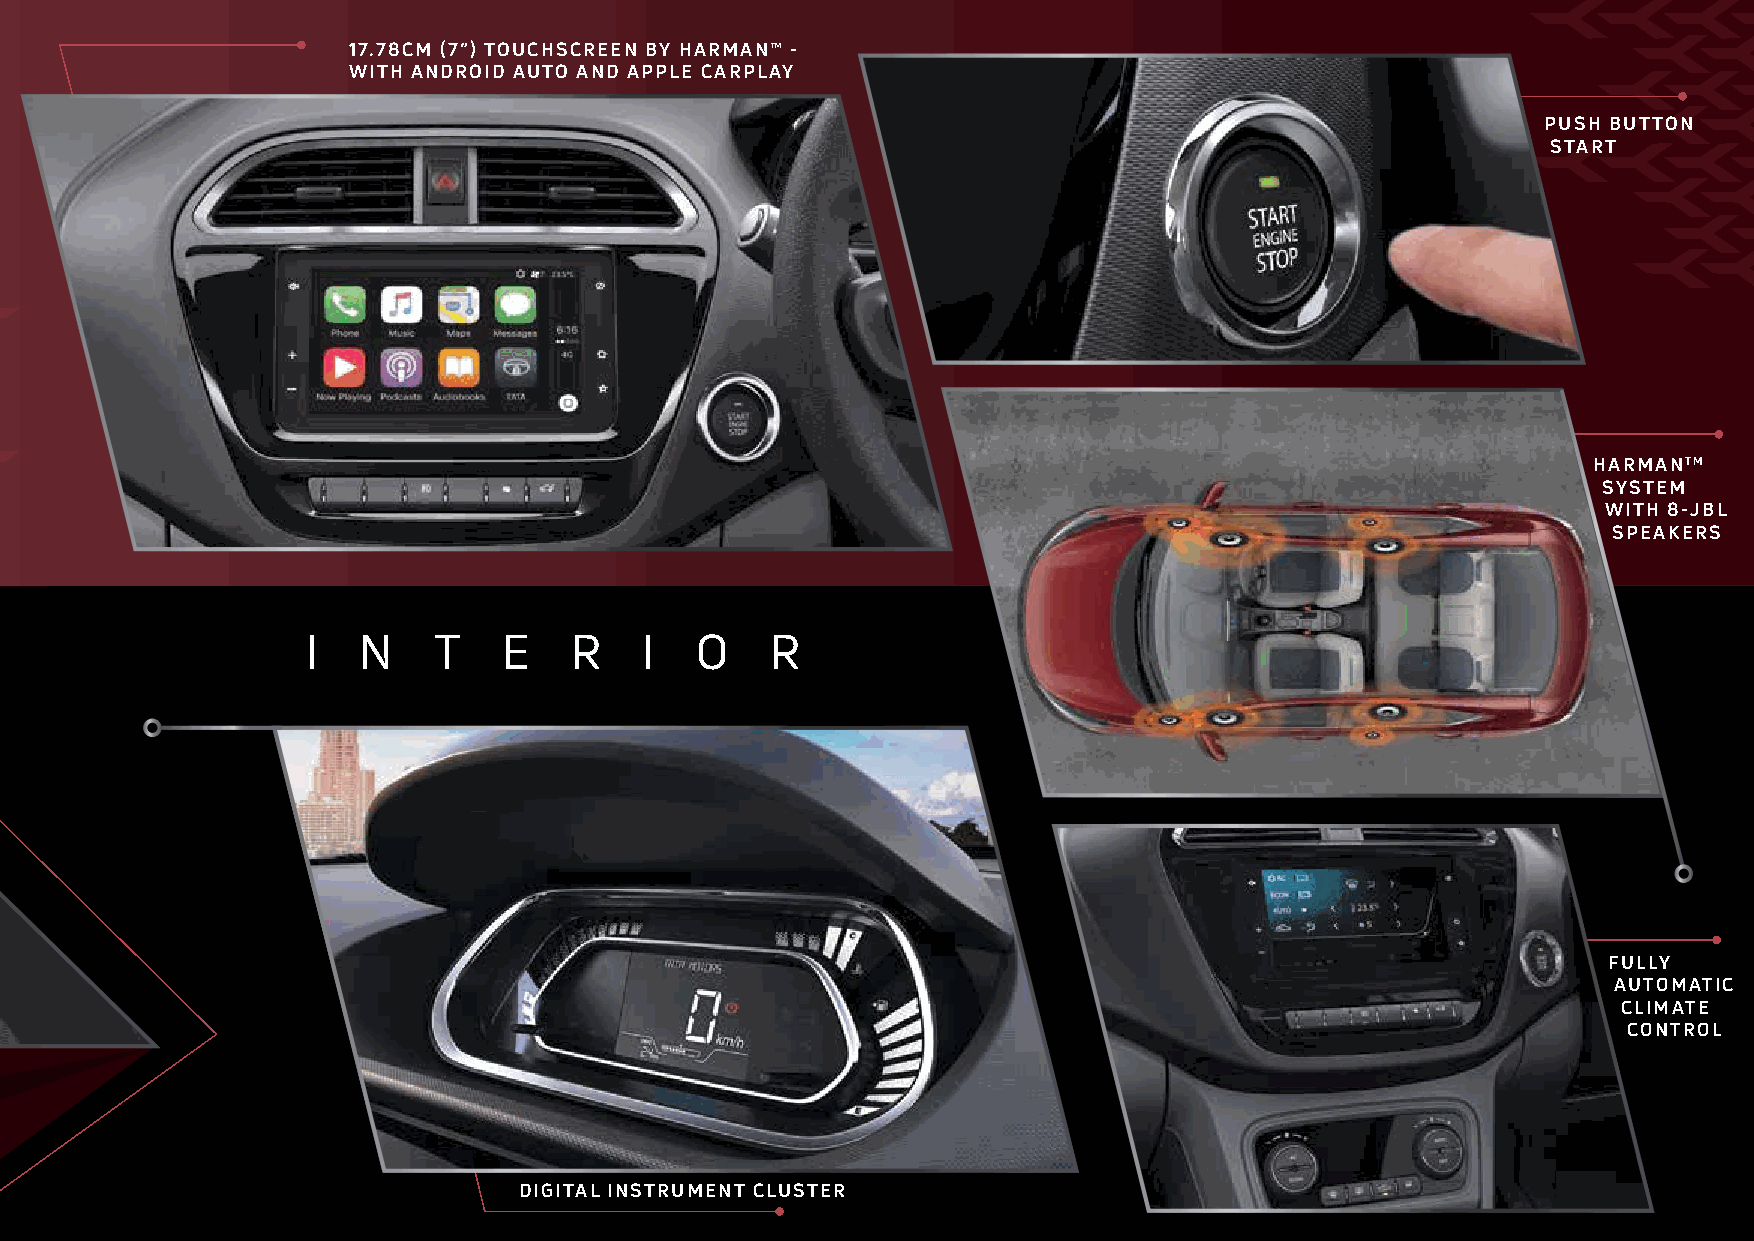
17.78CM (7”) TOUCHSCREEN BY HARMAN™ -
 WITH ANDROID AUTO AND APPLE CARPLAY
 PUSH BUTTON
 START
 HARMANTM
 SYSTEM
 WITH 8-JBL
 SPEAKERS
 I   N    T   E    R    I  O    R
 FULLY
 AUTOMATIC
 CLIMATE
 CONTROL
 DIGITAL INSTRUMENT CLUSTER